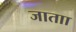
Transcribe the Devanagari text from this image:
जाताा